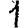
Digit: 1